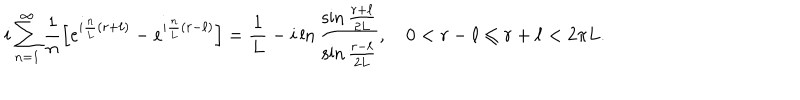
i \sum _ { n = 1 } ^ { \infty } { \frac { 1 } { n } } \Bigl [ e ^ { i { \frac { n } { L } } ( r + \ell ) } - e ^ { i { \frac { n } { L } } ( r - \ell ) } \Bigr ] = { \frac { 1 } { L } } - i \ln { \frac { \sin { \frac { r + \ell } { 2 L } } } { \sin { \frac { r - \ell } { 2 L } } } } , \quad 0 < r - \ell \le r + \ell < 2 \pi L .